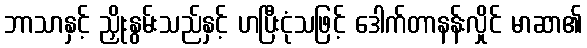
ဘာသာနှင့် ညှိုးနွမ်းသည်နှင့် ဟပြီးငုံသဖြင့် ဒေါက်တာနန်းလှိုင် မာဆာ၏